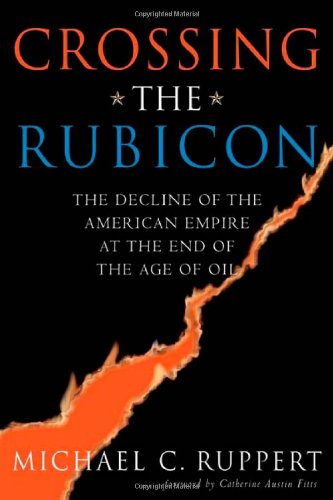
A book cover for Crossing the Rubicon: The Decline of the American Empire at the End of the Age of Oil; Michael C. Ruppert; Biographies & Memoirs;